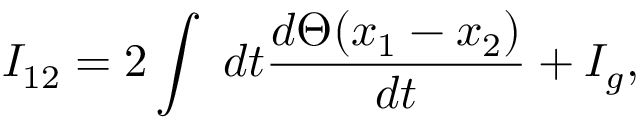
I _ { 1 2 } = 2 \int \; d t \frac { d \Theta ( x _ { 1 } - x _ { 2 } ) } { d t } + I _ { g } ,